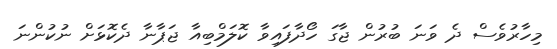
މިހާރުވެސް ދެ ވަނަ ބުރުން ޖާގަ ހޯދާފައިވާ ކޮލަމްބިއާ ޖަޕާނާ ދެކޮޅަށް ނުކުންނަ